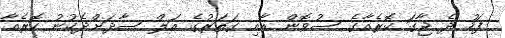
ފަހު ދެ ޖާގަ ކޮރެއާގެ ސުވޮން އާއި ގަތަރުގެ އަލް ސާދަށްދެކުނު ކޮރެއާ